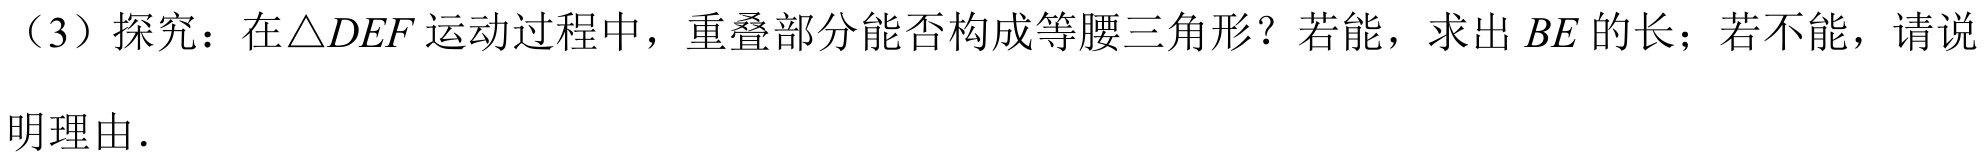
（3）探究：在\(\triangle DEF\)运动过程中，重叠部分能否构成等腰三角形？若能，求出\(BE\)的长；若不能，请说
明理由.